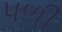
પળી